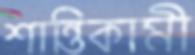
শান্তিকামী